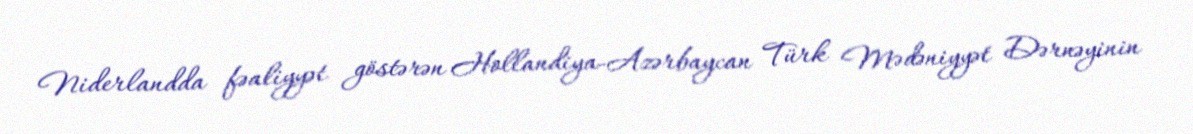
Niderlandda fəaliyyət göstərən Hollandiya-Azərbaycan Türk Mədəniyyət Dərnəyinin